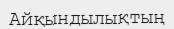
Айқындылықтың